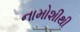
નામોશીથી